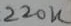
Text: 220K